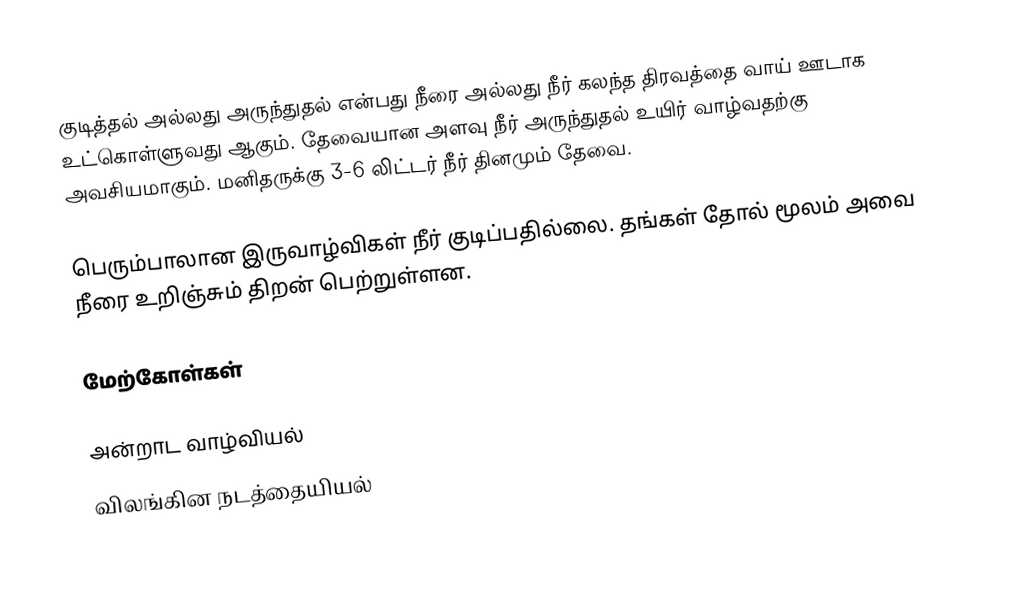
குடித்தல் அல்லது அருந்துதல் என்பது நீரை அல்லது நீர் கலந்த திரவத்தை வாய் ஊடாக உட்கொள்ளுவது ஆகும். தேவையான அளவு நீர் அருந்துதல் உயிர் வாழ்வதற்கு அவசியமாகும்.  மனிதருக்கு 3-6 லிட்டர் நீர் தினமும் தேவை.

பெரும்பாலான இருவாழ்விகள் நீர் குடிப்பதில்லை. தங்கள் தோல் மூலம் அவை நீரை உறிஞ்சும் திறன் பெற்றுள்ளன.

மேற்கோள்கள்

அன்றாட வாழ்வியல்
விலங்கின நடத்தையியல்